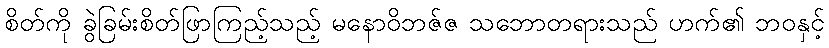
စိတ်ကို ခွဲခြမ်းစိတ်ဖြာကြည့်သည့် မနောဝိဘဇ်ဇ သဘောတရားသည် ဟက်၏ ဘဝနှင့်